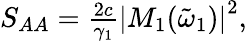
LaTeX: \begin{array}{r}{S_{AA}=\frac{2c}{\gamma_{1}}\left|M_{1}(\tilde{\omega}_{1})\right|^{2},}\end{array}